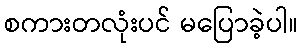
စကားတလုံးပင် မပြောခဲ့ပါ။